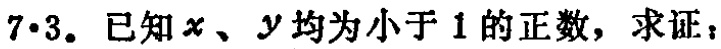
7·3. 已知\(x\)、\(y\)均为小于\(1\)的正数，求证：